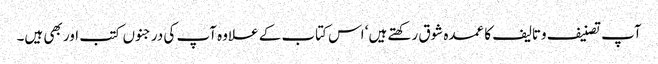
آپ تصنیف وتالیف کا عمدہ شوق رکھتے ہیں‘ اس کتاب کے علاوہ آپ کی درجنوں کتب اور بھی ہیں۔